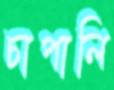
চাপালি